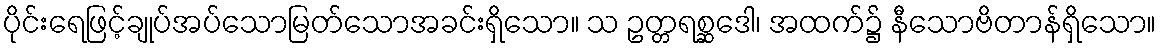
ပိုင်းရေဖြင့်ချုပ်အပ်သောမြတ်သောအခင်းရှိသော။ သ ဥတ္တရစ္ဆဒေါ၊ အထက်၌ နီသောဗိတာန်ရှိသော။